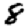
Digit: 8